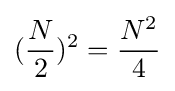
({\frac {N}{2}})^{2}={\frac {N^{2}}{4}}